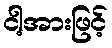
ငါ့အားဖြင့်